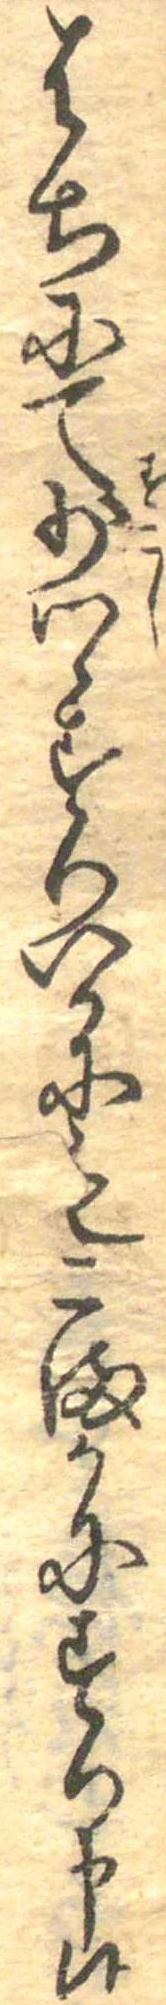
はちにて少つゝすりいかにもこまかにすり申候